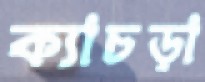
ক্যাচড়া